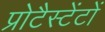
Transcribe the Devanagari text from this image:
प्रोटैस्टेंटों